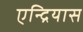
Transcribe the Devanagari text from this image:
एन्द्रियास